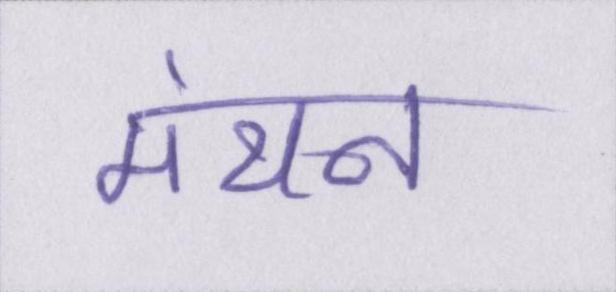
मंथन